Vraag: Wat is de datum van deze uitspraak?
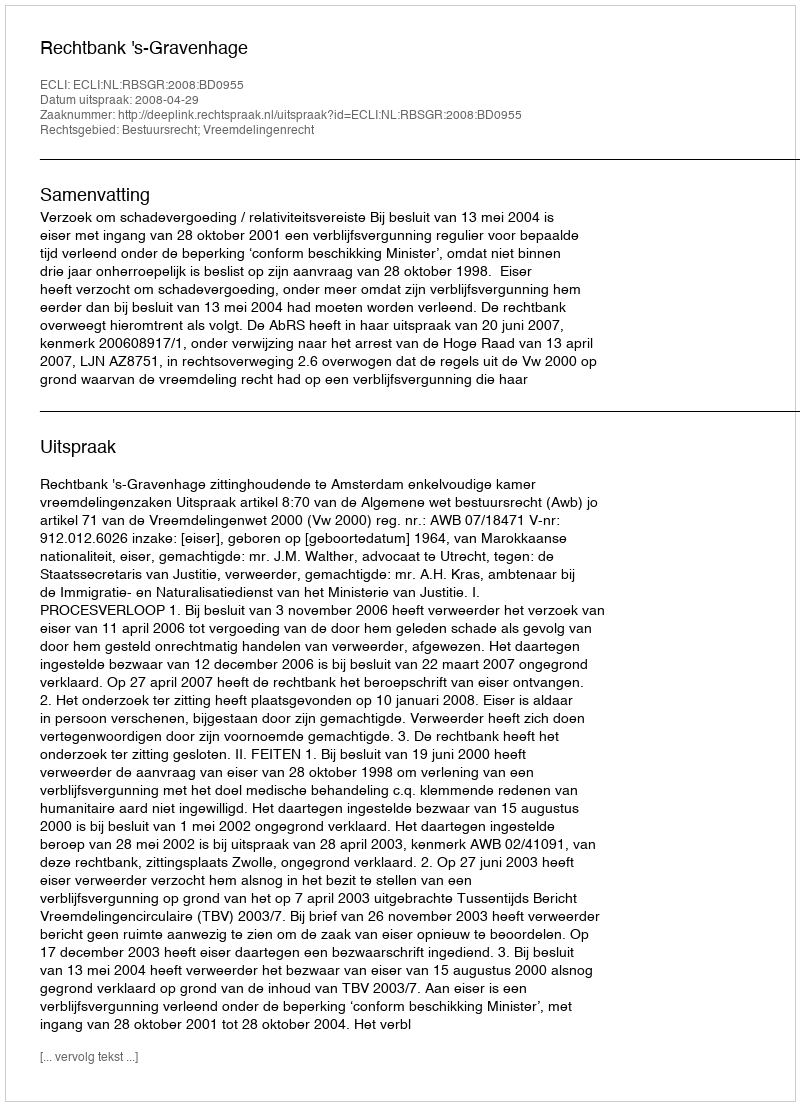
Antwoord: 2008-04-29